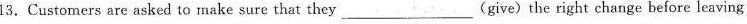
13.Customers are asked to make sure that they___(give) the right change before leaving